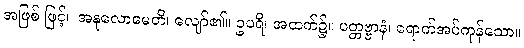
အဖြစ် ဖြင့်။ အနုလောမေတိ၊ လျော်၏။ ဥပရိ၊ အထက်၌။ ပတ္တဗ္ဗာနံ၊ ရောက်အပ်ကုန်သော။